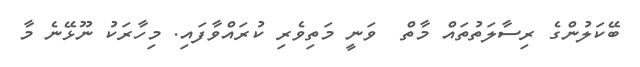
ބޭކަލުންގެ ރިސާލަތުތައް މާތް  ވަނީ މަތިވެރި ކުރައްވާފައި. މިހާރަކު ނޫޅޭނެ މާ